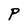
Character: P